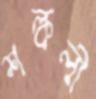
শল্কলী